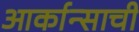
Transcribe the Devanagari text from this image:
आर्कान्साची